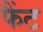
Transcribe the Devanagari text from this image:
फैंट